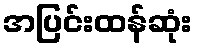
အပြင်းထန်ဆုံး